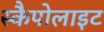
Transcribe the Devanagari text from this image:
स्कैपोलाइट